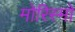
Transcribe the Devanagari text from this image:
मोरिस्मो